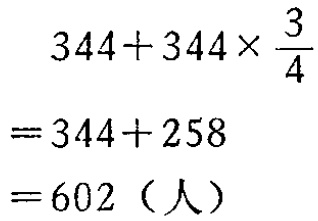
\[

\begin{align*}

&344 + 344\times\frac{3}{4}\\

=&344 + 258\\

=&602（人）

\end{align*}

\]